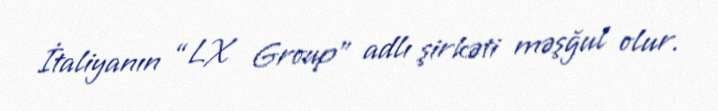
İtaliyanın “LX Group” adlı şirkəti məşğul olur.